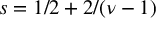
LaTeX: s = 1 / 2 + 2 / ( \nu - 1 )